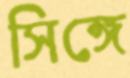
সিঙ্গে